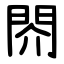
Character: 䦏